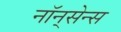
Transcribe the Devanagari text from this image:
नॉन्‌सेन्स